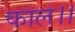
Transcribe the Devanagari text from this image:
काल।।